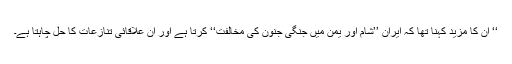
‘‘ ان کا مزید کہنا تھا کہ ایران ’’شام اور یمن میں جنگی جنون کی مخالفت‘‘ کرتا ہے اور ان علاقائی تنازعات کا حل چاہتا ہے۔